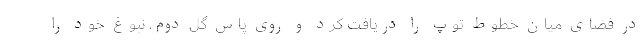
در فضای میان خطوط توپ را دریافت کرد و روی پاس گل دوم، نبوغ خود را